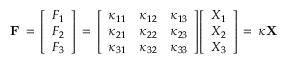
\mathbf { F } \, = \, { \left[ \begin{array} { l } { F _ { 1 } } \\ { F _ { 2 } } \\ { F _ { 3 } } \end{array} \right] } \, = \, { \left[ \begin{array} { l l l } { \kappa _ { 1 1 } } & { \kappa _ { 1 2 } } & { \kappa _ { 1 3 } } \\ { \kappa _ { 2 1 } } & { \kappa _ { 2 2 } } & { \kappa _ { 2 3 } } \\ { \kappa _ { 3 1 } } & { \kappa _ { 3 2 } } & { \kappa _ { 3 3 } } \end{array} \right] } { \left[ \begin{array} { l } { X _ { 1 } } \\ { X _ { 2 } } \\ { X _ { 3 } } \end{array} \right] } \, = \, { \boldsymbol { \kappa } } \mathbf { X }